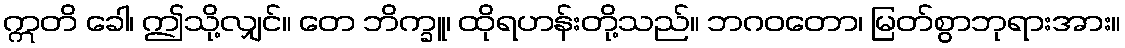
ဣတိ ခေါ၊ ဤသို့လျှင်။ တေ ဘိက္ခူ၊ ထိုရဟန်းတို့သည်။ ဘဂဝတော၊ မြတ်စွာဘုရားအား။